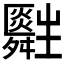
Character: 𤰀